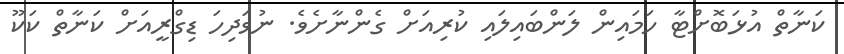
ކަނާތް އުޅަބޮށްޓާ ހަމައިން ލަންބައިލައި ކުރިއަށް ގެންނާށެވެ. ނުވަދިހަ ޑިގްރީއަށް ކަނާތް ކަކޫ